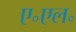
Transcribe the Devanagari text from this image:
ए॰एल॰